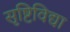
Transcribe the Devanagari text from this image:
सृष्टिविद्या